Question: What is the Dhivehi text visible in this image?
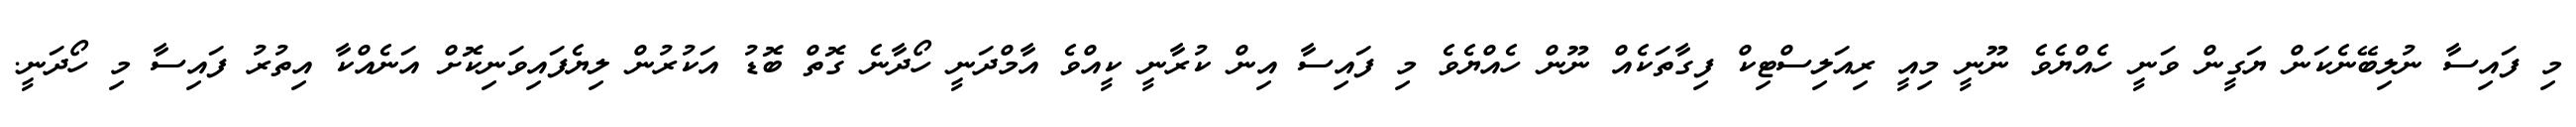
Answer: މި ފައިސާ ނުލިބޭނެކަން ޔަގީން ވަނީ ހެއްޔެވެ ނޫނީ މިއީ ރިއަލިސްޓިކް ފިގާތަކެއް ނޫން ހެއްޔެވެ މި ފައިސާ އިން ކުރާނީ ކީއްވެ އާމްދަނީ ހޯދާނެ ގޮތް ބޮޑު އަކުރުން ލިޔެފައިވަނިކޮށް އަނެއްކާ އިތުރު ފައިސާ މި ހޯދަނީ.